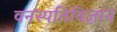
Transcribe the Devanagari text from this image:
वनस्‍पतिविज्ञान